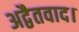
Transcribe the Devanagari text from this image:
अद्वैतवाद।